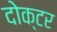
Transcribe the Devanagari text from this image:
दोक्टर